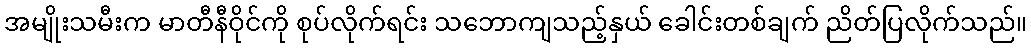
အမျိုးသမီးက မာတီနီဝိုင်ကို စုပ်လိုက်ရင်း သဘောကျသည့်နှယ် ခေါင်းတစ်ချက် ညိတ်ပြလိုက်သည်။